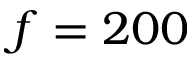
f = 2 0 0